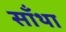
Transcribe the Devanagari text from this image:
साँथा